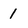
Character: 1